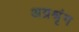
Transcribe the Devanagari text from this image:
अग्रश्रृंग